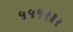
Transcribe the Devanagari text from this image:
५५५९३२